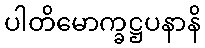
ပါတိမောက္ခဋ္ဌပနာနိ